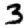
Digit: 3